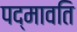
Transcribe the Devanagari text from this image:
पद्मावति